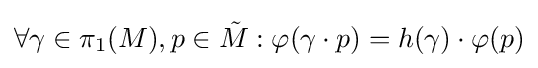
\forall \gamma \in \pi _{1}(M),p\in {\tilde {M}}:\varphi (\gamma \cdot p)=h(\gamma )\cdot \varphi (p)